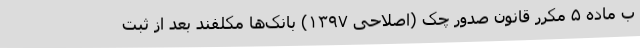
ب ماده ۵ مکرر قانون صدور چک (اصلاحی ۱۳۹۷) بانک‌ها مکلفند بعد از ثبت